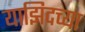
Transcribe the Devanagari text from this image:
याझिदच्या